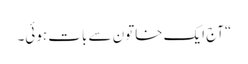
“آج ایک خاتون سے بات ہوئی۔